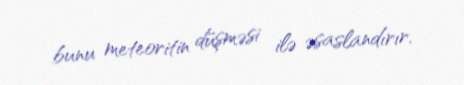
bunu meteoritin düşməsi ilə əsaslandırır.